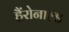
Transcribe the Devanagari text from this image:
हैंरोनाल्ड